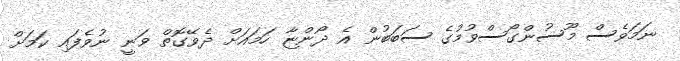
ނަމަވެސް މޫސުންގޯސްވުމުގެ ސަބަބުން އެ ދޯންޏާ ހަމައަށް ދެވޭގޮތް ވަނީ ނުވެފައި ކަމަށް